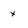
Character: x